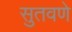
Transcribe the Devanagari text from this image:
सुतवणे